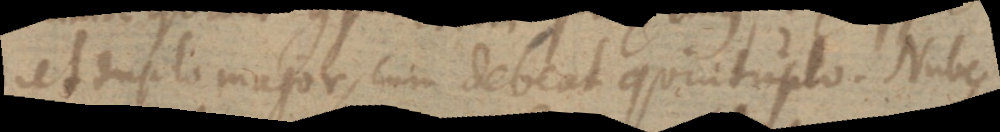
ret duplo major, cum debeat quintuplo. Nubes